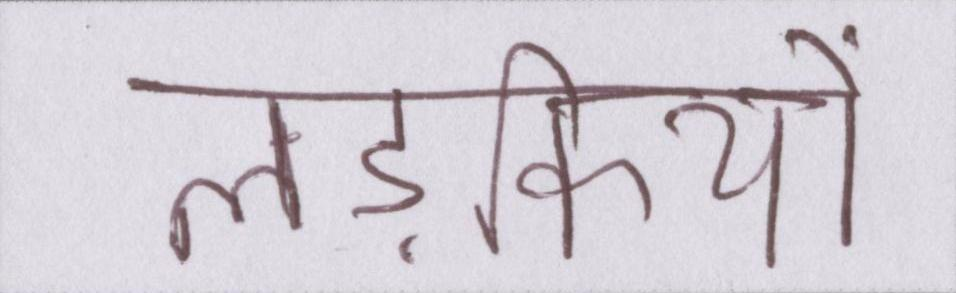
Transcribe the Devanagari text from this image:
लड़कियों